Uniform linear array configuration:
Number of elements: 12
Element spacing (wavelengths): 0.5
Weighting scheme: hamming
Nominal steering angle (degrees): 15
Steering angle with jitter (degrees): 14.616
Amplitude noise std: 0.05
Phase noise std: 0.05

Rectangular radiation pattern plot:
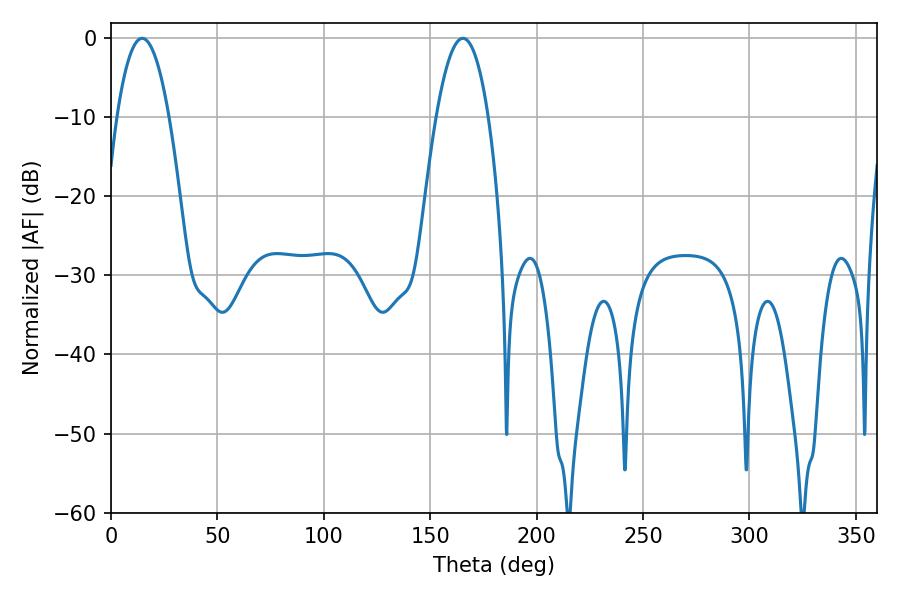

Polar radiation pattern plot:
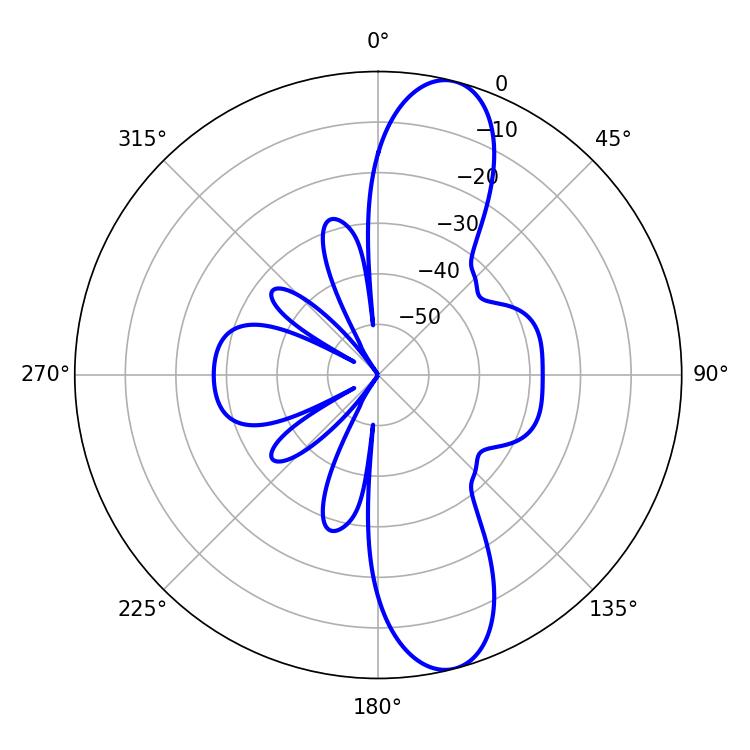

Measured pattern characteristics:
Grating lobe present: FALSE
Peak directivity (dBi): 11.885
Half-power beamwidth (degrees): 13.5
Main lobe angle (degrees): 14.58